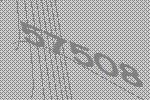
57508